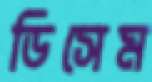
ডিসেম